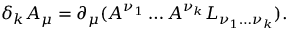
\delta _ { k } A _ { \mu } = \partial _ { \mu } ( A ^ { \nu _ { 1 } } \ldots A ^ { \nu _ { k } } L _ { \nu _ { 1 } \ldots \nu _ { k } } ) .